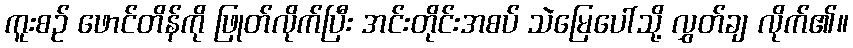
ကူးစဉ် ဖောင်တိန်ကို ဖြုတ်လိုက်ပြီး အင်းတိုင်းအစပ် သဲမြေပေါ်သို့ လွှတ်ချ လိုက်၏။